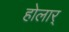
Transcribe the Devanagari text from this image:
होलार्